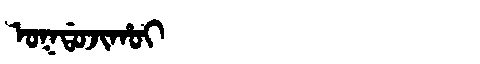
Manchu: ᠣᡴᡩᠣᠵᡳᡥᠣᡳ
Romanization: OKDOJIHOI